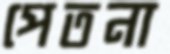
পেতনা